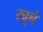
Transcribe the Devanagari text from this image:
रघूने